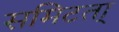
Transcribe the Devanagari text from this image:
समिटता्